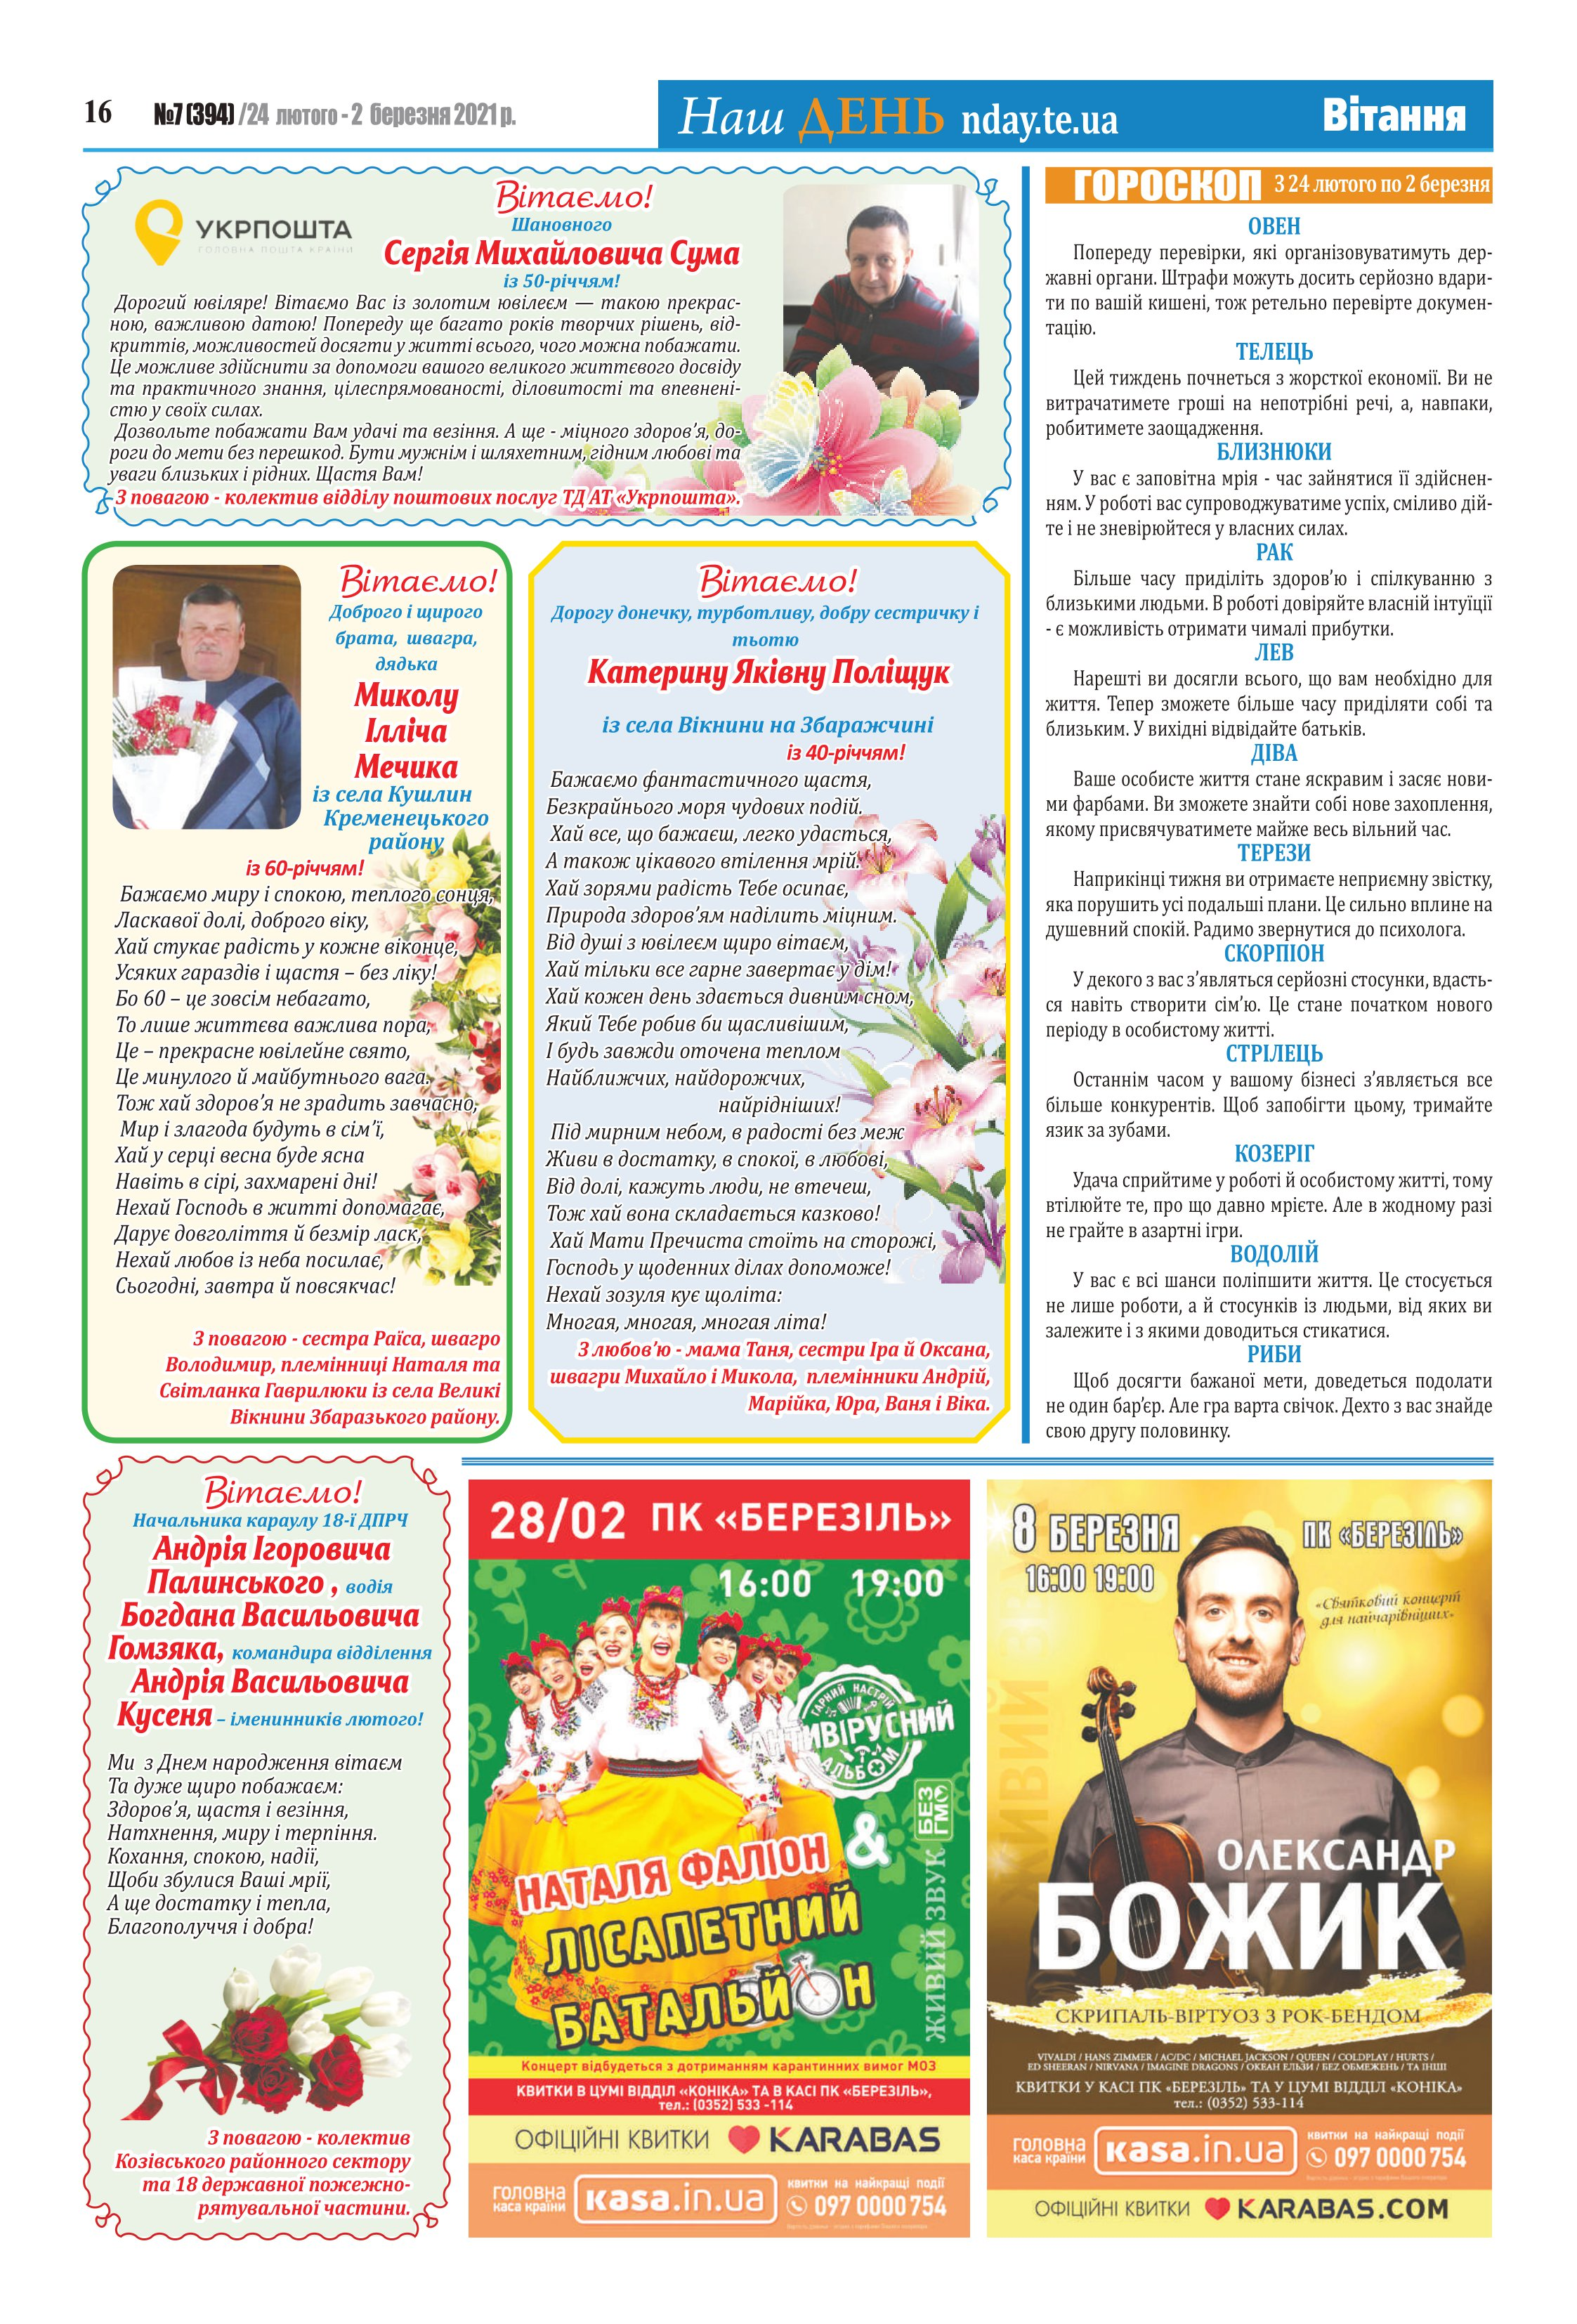
Language: uk